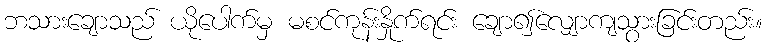
ဘသားချောသည် ယိုပေါက်မှ မစင်ကုန်းနှိုက်ရင်း ချော၍လျှောကျသွားခြင်းတည်း။